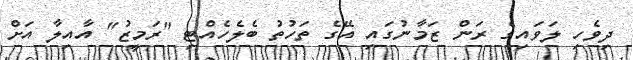
ދިވެހި ލަވައިގެ ރަން ޒަމާނުގައި އޭގެ ތަހުތު ބެލެހެއްޓި "ރަމީޒު" އާއިލާ އަށް